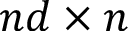
n d \times n